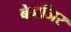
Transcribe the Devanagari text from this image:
बेनजिर